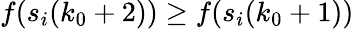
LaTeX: f(s_{i}(k_{0}+2))\geq f(s_{i}(k_{0}+1))